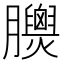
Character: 𦣁